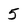
Character: 5